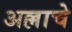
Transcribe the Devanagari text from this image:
अल्लाचे